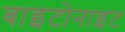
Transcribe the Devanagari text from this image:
बाइटोनाइट